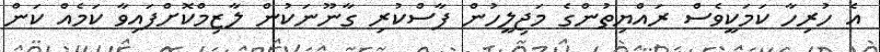
އެ ހުރިހާ ކަމަކީވެސް ރައްޔިތުންގެ މަޖިލީހުން ފާސްކުރި ގާނޫނަކުން ލާޒިމްކޮށްފައިވާ ކަމެއް ކަން